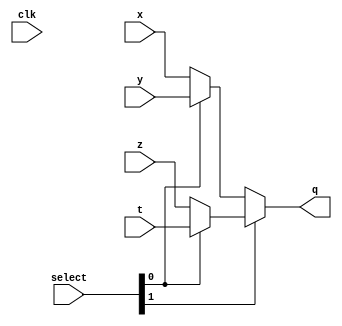
`timescale 1ns/1ns

module MUX4 (input[7:0] x, y, z, t,input[1:0] select, output [7:0] q,input clk);

assign q = (~select[1]) ? ((~select[0]) ? x : y) : ((~select[0]) ? z : t);

endmodule //MUX